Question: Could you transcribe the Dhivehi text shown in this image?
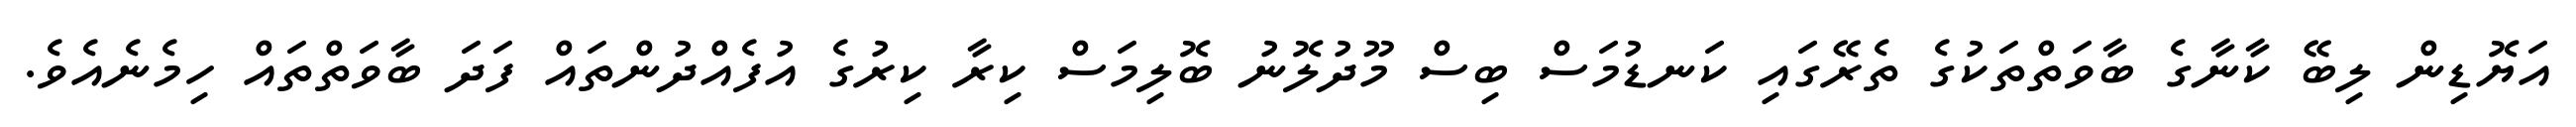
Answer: އަޔޮޑިން ލިބޭ ކާނާގެ ބާވަތްތަކުގެ ތެރޭގައި ކަނޑުމަސް ބިސް މޫދުލޮނު ބޮލިމަސް ކިރާ ކިރުގެ އުފެއްދުންތައް ފަދަ ބާވަތްތައް ހިމެނެއެވެ.